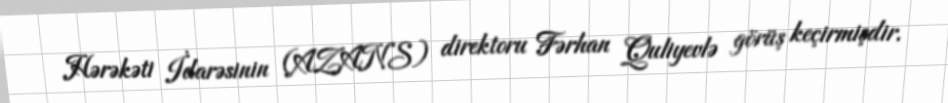
Hərəkəti İdarəsinin (AZANS) direktoru Fərhan Quliyevlə görüş keçirmişdir.